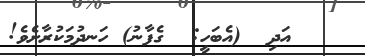
އަދި  (އެބަހީ:  ގެފާނު) ހަނދުމަކުރާށެވެ!